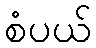
စံပယ်